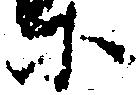
等